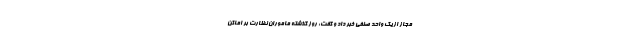
مجاز از یک واحد صنفی خبر داد و گفت: روز گذشته ماموران نظارت بر اماکن